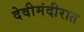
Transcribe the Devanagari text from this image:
देवीमंदीरात